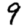
Digit: 9